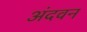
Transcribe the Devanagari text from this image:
अंदवन